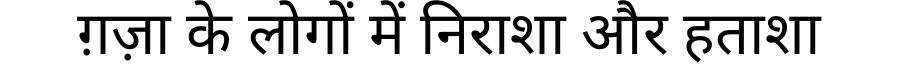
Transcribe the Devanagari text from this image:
ग़ज़ा के लोगों में निराशा और हताशा